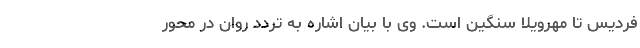
فردیس تا مهرویلا سنگین است. وی با بیان اشاره به تردد روان در محور